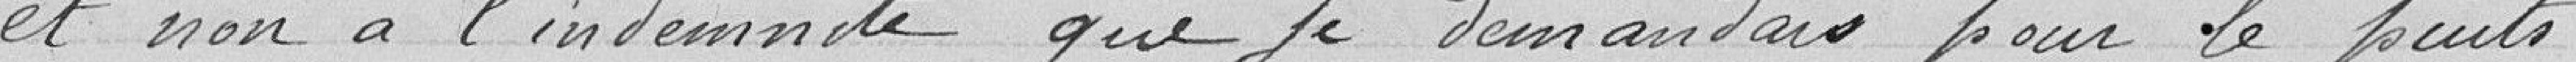
et non à l'indemnité que je demandais pour le puits.